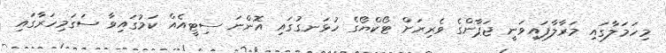
މިހަމަލާގައި މަރާލާފައިވަނީ ޖަޕާންގެ ވެރިރަށް ޓޯކްޔޯގެ ހުޅަނގުގައި އޮންނަ ސިޓީއެއް ކަމުގައިވާ ސަގަމިހަރާގައި